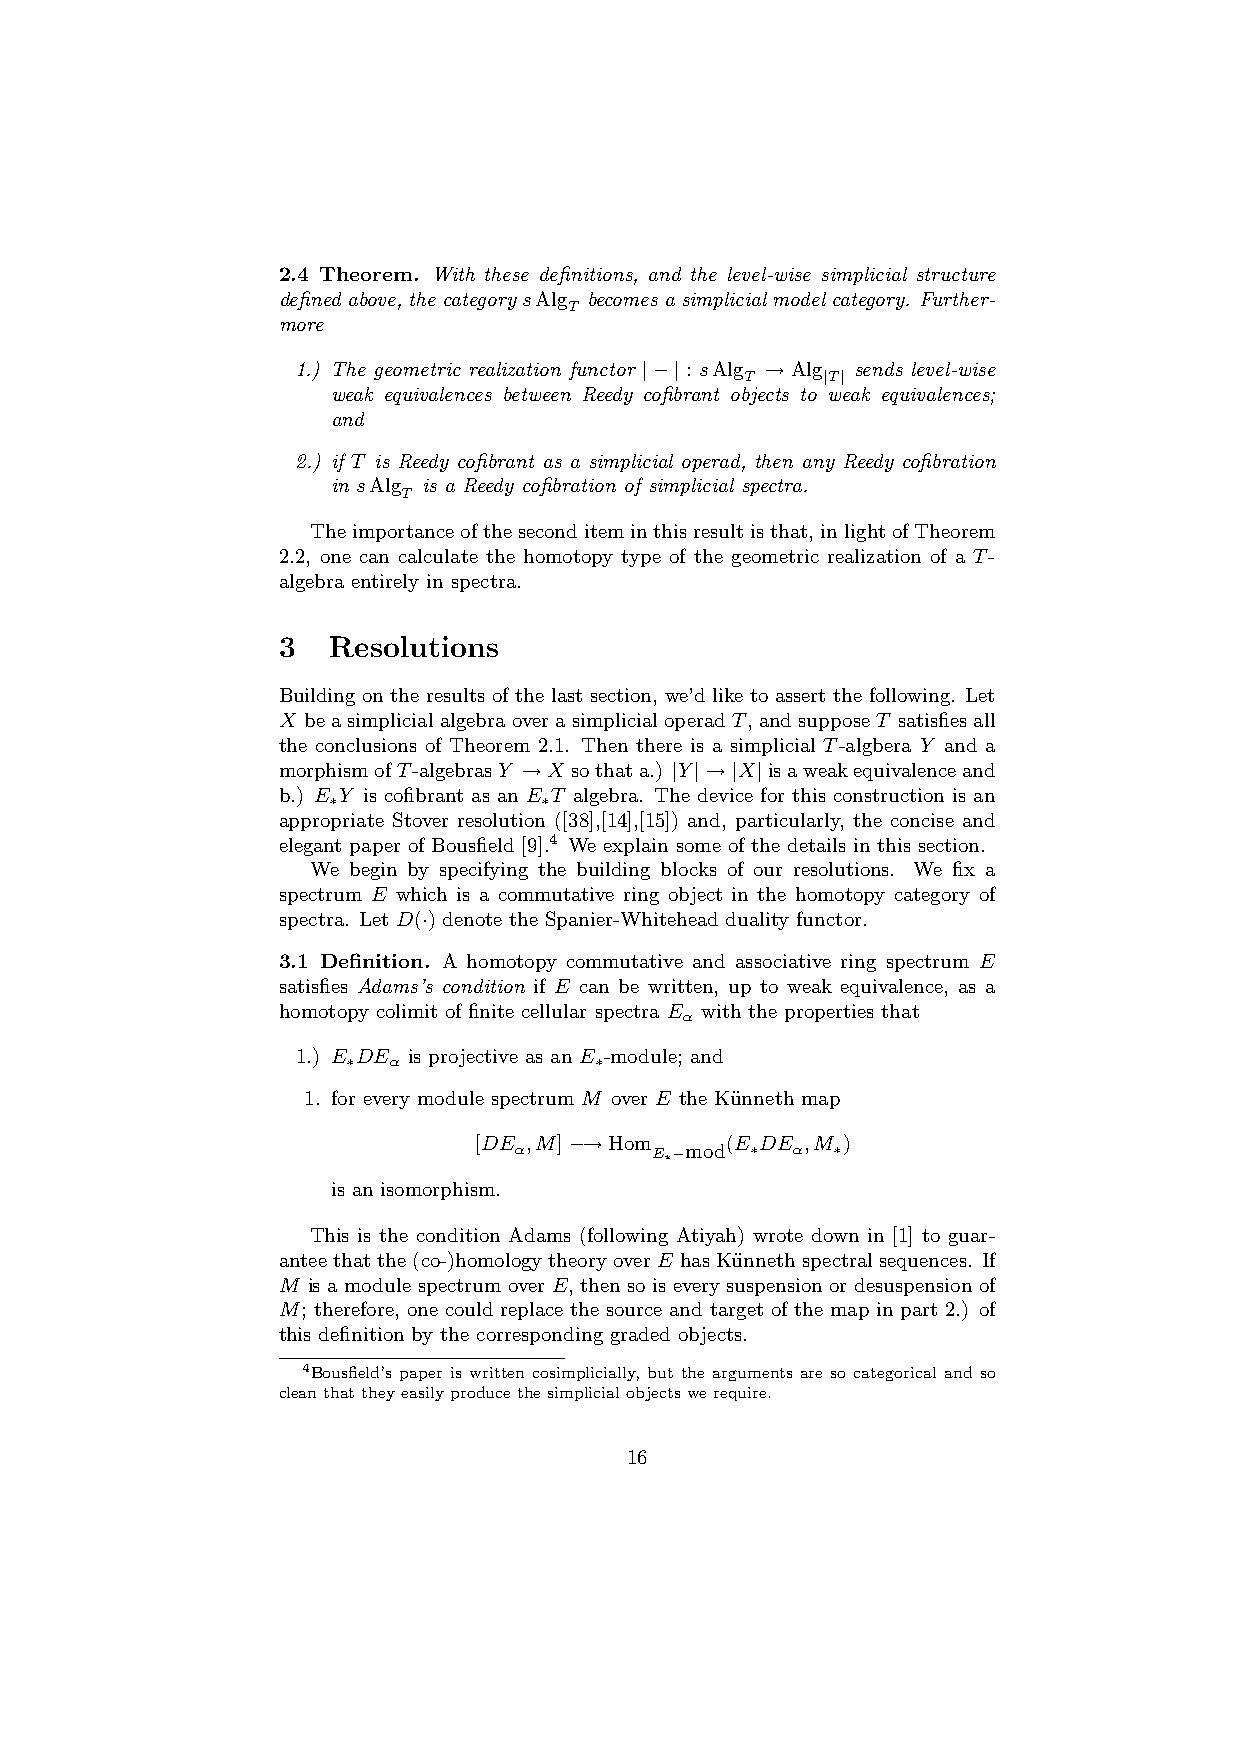
2.4 Theorem. With these definitions, and the level-wise simplicial structure
 definedabove, thecategorysAlg becomesasimplicialmodelcategory. Further-
 T
 more
 1.) The geometric realization functor |−| : sAlg → Alg sends level-wise
 T    |T|
 weak equivalences between Reedy cofibrant objects to weak equivalences;
 and
 2.) if T is Reedy cofibrant as a simplicial operad, then any Reedy cofibration
 in sAlg is a Reedy cofibration of simplicial spectra.
 T
 Theimportanceoftheseconditeminthisresultisthat, inlightofTheorem
 2.2, one can calculate the homotopy type of the geometric realization of a T-
 algebra entirely in spectra.
 3   Resolutions
 Building on the results of the last section, we’d like to assert the following. Let
 X beasimplicialalgebraoverasimplicialoperadT, andsupposeT satisfiesall
 the conclusions of Theorem 2.1. Then there is a simplicial T-algbera Y and a
 morphismofT-algebrasY →X sothata.) |Y|→|X|isaweakequivalenceand
 b.) E Y is cofibrant as an E T algebra. The device for this construction is an
 ∗             ∗
 appropriate Stover resolution ([38],[14],[15]) and, particularly, the concise and
 elegant paper of Bousfield [9].4 We explain some of the details in this section.
 We begin by specifying the building blocks of our resolutions. We fix a
 spectrum E which is a commutative ring object in the homotopy category of
 spectra. Let D(·) denote the Spanier-Whitehead duality functor.
 3.1 Definition. A homotopy commutative and associative ring spectrum E
 satisfies Adams’s condition if E can be written, up to weak equivalence, as a
 homotopy colimit of finite cellular spectra E with the properties that
 α
 1.) E DE is projective as an E -module; and
 ∗  α            ∗
 1. for every module spectrum M over E the Ku¨nneth map
 [DE ,M]−→Hom     (E DE ,M )
 α        E∗−mod ∗ α  ∗
 is an isomorphism.
 This is the condition Adams (following Atiyah) wrote down in [1] to guar-
 antee thatthe (co-)homologytheoryover E has Ku¨nneth spectralsequences. If
 M is a module spectrum over E, then so is every suspension or desuspension of
 M; therefore, one could replace the source and target of the map in part 2.) of
 this definition by the corresponding graded objects.
 4Bousfield’s paper is written cosimplicially, but the arguments are so categorical and so
 cleanthattheyeasilyproducethesimplicialobjectswerequire.
 16